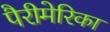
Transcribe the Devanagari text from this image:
पैरीमेरिका